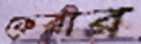
ফেরার